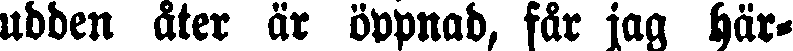
udden åter är öppnad, får jag här-